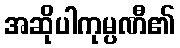
အဆိုပါကုမ္ပဏီ၏